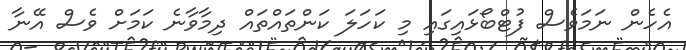
އެހެން ނަމަވެސް ފުޓްބޯޅައިގައި މި ކަހަލަ ކަންތައްތައް ދިމާވާނެ ކަމަށް ވެސް އޭނާ